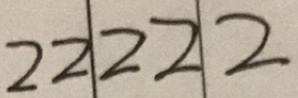
2 2 2 2 2